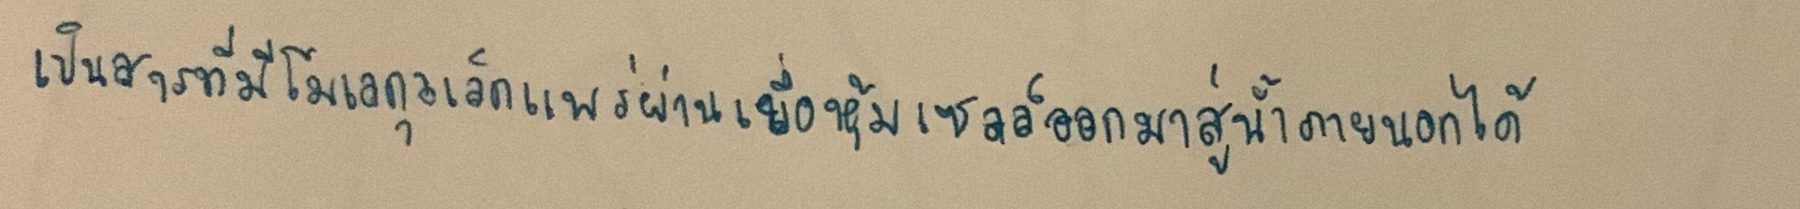
เป็นสารที่มีโมเลกุลเล็กแพร่ผ่านเยื่อหุ้มเซลล์ออกมาสู่น้ำภายนอกได้